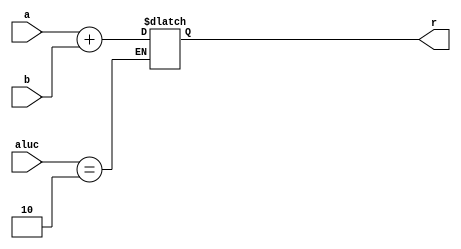
`timescale 1ns / 1ps
//////////////////////////////////////////////////////////////////////////////////
// Company: 
// Engineer: 
// 
// Design Name: 
// Module Name: ALU
// Project Name: 
// Target Devices: 
// Tool Versions: 
// Description: 
// 
// Dependencies: 
// 
// Revision:
// Revision 0.01 - File Created
// Additional Comments:
// 
//////////////////////////////////////////////////////////////////////////////////


module ALU(a,b,aluc,r);
    input [31:0] a,b;
    input [3:0] aluc;
    output reg [31:0] r;
    
    always @ (aluc, b, a)
        begin
            //setting up add (0010) because its lw only
            case(aluc)
                 4'b0010: begin
                 r= a + b;
                 end
           endcase
       end
       
endmodule